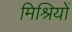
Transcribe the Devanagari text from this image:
मिश्रियों